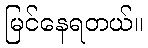
မြင်နေရတယ်။